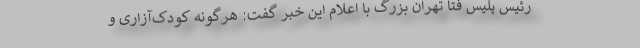
رئیس پلیس فتا تهران بزرگ با اعلام این خبر گفت: هرگونه کودک‌آزاری و